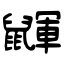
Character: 鼲